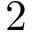
2